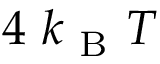
4 \mathrm { ~ } k _ { \mathrm { ~ B ~ } } T